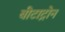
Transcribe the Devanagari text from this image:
बीटाट्रोन